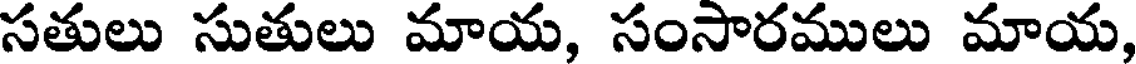
సతులు సుతులు మాయ, సంసారములు మాయ,